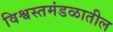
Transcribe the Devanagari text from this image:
विश्वस्तमंडळातील